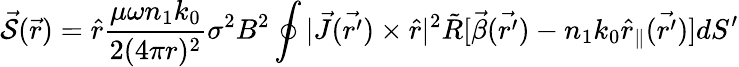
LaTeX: \mathcal{\vec{S}}(\vec{r})=\hat{r}\frac{\mu\omega n_{1}k_{0}}{2(4\pi r)^{2}}\sigma^{2}B^{2}\oint|\vec{J}(\vec{r^{\prime}})\times\hat{r}|^{2}\tilde{R}[\vec{\beta}(\vec{r^{\prime}})-n_{1}k_{0}\hat{r}_{\| }(\vec{r^{\prime}})]dS^{\prime}